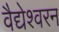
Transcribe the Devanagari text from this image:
वैद्येश्वरन